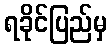
ရခိုင်ပြည်မှ